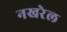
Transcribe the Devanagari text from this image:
नखरेल